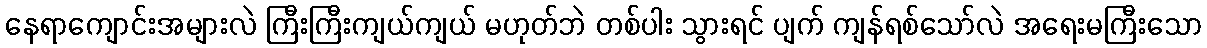
နေရာကျောင်းအများလဲ ကြီးကြီးကျယ်ကျယ် မဟုတ်ဘဲ တစ်ပါး သွားရင် ပျက် ကျန်ရစ်သော်လဲ အရေးမကြီးသော